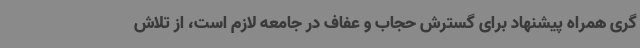
گری همراه پیشنهاد برای گسترش حجاب و عفاف در جامعه لازم است، از تلاش